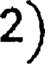
2)